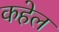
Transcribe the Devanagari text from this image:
कहेल